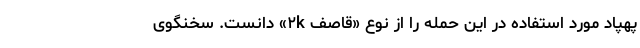
پهپاد مورد استفاده در این حمله را از نوع «قاصف ۲k» دانست. سخنگوی